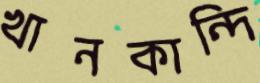
খানকান্দি